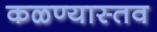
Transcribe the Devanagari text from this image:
कळण्यास्तव